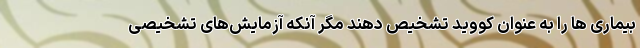
بیماری ها را به عنوان کووید تشخیص دهند مگر آنکه آزمایش‌های تشخیصی